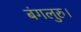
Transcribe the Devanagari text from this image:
बंगलुरु।